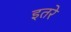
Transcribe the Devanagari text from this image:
इतरे